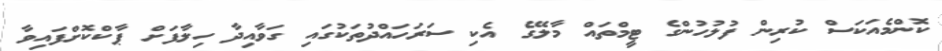
ކޮންމެއަކަސް ކުރިން ފުލުހުންގެ ޓީމްތައް މާލޭގެ އެކި ސަރަހައްދުތަކުގައި ގަވާއިދާ ހިލާފަށް ޕާކްކޮށްފައިވާ